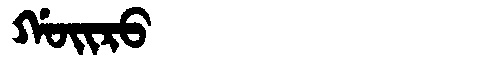
Manchu: ᡤᠣᡳᡵᠣ
Romanization: GOIRO